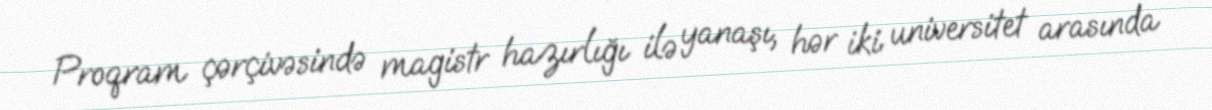
Proqram çərçivəsində magistr hazırlığı ilə yanaşı, hər iki universitet arasında